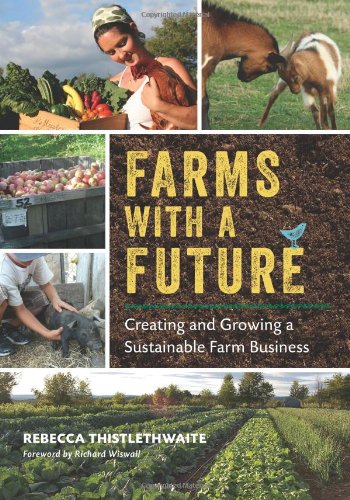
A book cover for Farms with a Future: Creating and Growing a Sustainable Farm Business; Rebecca Thistlethwaite; Science & Math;